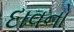
દાવનો